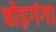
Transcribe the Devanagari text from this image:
चोड़गंगा